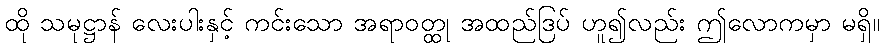
ထို သမုဋ္ဌာန် လေးပါးနှင့် ကင်းသော အရာဝတ္ထု အထည်ဒြပ် ဟူ၍လည်း ဤလောကမှာ မရှိ။